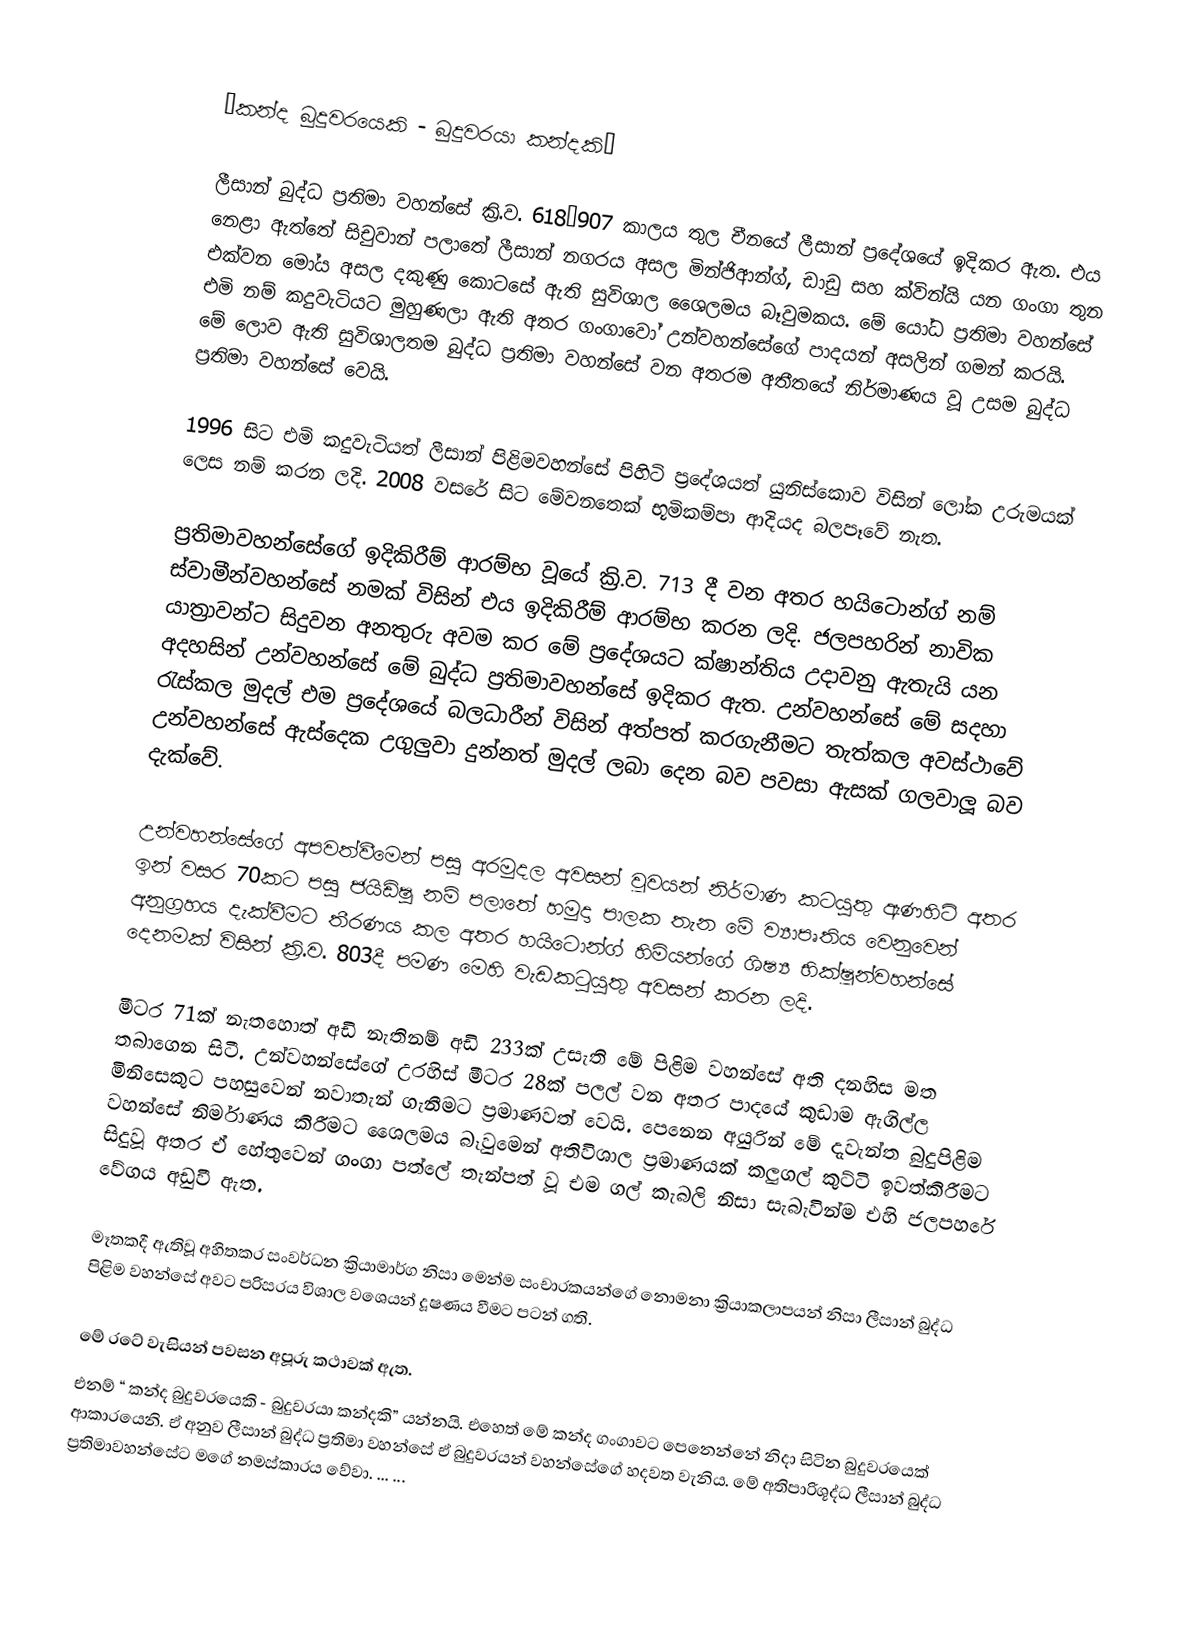

“කන්ද බුදුවරයෙකි - බුදුවරයා කන්දකි“

ලීසාන් බුද්ධ ප්‍රතිමා වහන්සේ ක්‍රි.ව. 618–907 කාලය තුල චීනයේ ලීසාන් ප්‍රදේශයේ ඉදිකර ඇත. එය නෙළා ඇත්තේ සිචුවාන් පලාතේ ලීසාන් නගරය අසල මින්ජිආන්ග්, ඩාඩු සහ ක්වින්යි යන ගංගා තුන එක්වන මෝය අසල දකුණු කොටසේ ඇති  සුවිශාල ශෛලමය බෑවුමකය. මේ යෝධ ප්‍රතිමා වහන්සේ එමි නම් කදුවැටියට මුහුණලා ඇති අතර ගංගාවෝ උන්වහන්සේගේ පාදයන් අසලින් ගමන් කරයි. මේ ලොව ඇති සුවිශාලතම බුද්ධ ප්‍රතිමා වහන්සේ වන අතරම අතීතයේ නිර්මාණය වූ උසම බුද්ධ ප්‍රතිමා වහන්සේ වෙයි.

1996 සිට එමි කදුවැටියත් ලීසාන් පිළිමවහන්සේ පිහිටි ප්‍රදේශයත් යුනිස්කොව විසින් ලෝක උරුමයක් ලෙස නම් කරන ලදි. 2008 වසරේ සිට මේවනතෙක් භූමිකම්පා ආදියද බලපෑවේ නැත.

ප්‍රතිමාවහන්සේගේ ඉදිකිරීම් ආරම්භ වූයේ ක්‍රි.ව. 713 දී වන අතර හයිටොන්ග් නම් ස්වාමීන්වහන්සේ නමක් විසින් එය ඉදිකිරීම් ආරම්භ කරන ලදි. ජලපහරින් නාවික යාත්‍රාවන්ට සිදුවන අනතුරු අවම කර මේ ප්‍රදේශයට ක්ෂාන්තිය උදාවනු ඇතැයි යන අදහසින් උන්වහන්සේ මේ බුද්ධ ප්‍රතිමාවහන්සේ ඉදිකර ඇත. උන්වහන්සේ මේ සදහා රැස්කල මුදල් එම ප්‍රදේශයේ බලධාරීන් විසින් අත්පත් කරගැනීමට තැත්කල අවස්ථාවේ උන්වහන්සේ ඇස්දෙක උගුලුවා දුන්නත් මුදල් ලබා දෙන බව පවසා ඇසක් ගලවාලූ බව දැක්වේ.

උන්වහන්සේගේ අපවත්වීමෙන් පසු අරමුදල අවසන් වූවයන් නිර්මාණ කටයුතු ඇණහිටි අතර ඉන් වසර 70කට පසු ජයිඩිෂු නම් පලාතේ හමුදා පාලක තැන මේ ව්‍යාපෘතිය වෙනුවෙන් අනුග්‍රහය දැක්වීමට තීරණය කල අතර හයිටොන්ග් හිමියන්ගේ ශිෂ්‍ය භික්ෂූන්වහන්සේ දෙනමක් විසින් ක්‍රි.ව. 803දී පමණ මෙහි වැඩකටුයුතු අවසන් කරන ලදි.

මීටර 71ක් නැතහොත් අඩි නැතිනම් අඩි 233ක් උසැති මේ පිළිම වහන්සේ අති දනහිස මත තබාගෙන සිටී. උන්වහන්සේගේ උරහිස් මීටර 28ක් පලල් වන අතර පාදයේ කුඩාම ඇගිල්ල මිනිසෙකුට පහසුවෙන් නවාතැන් ගැනීමට ප්‍රමාණවත් වෙයි. පෙනෙන අයුරින් මේ දැවැන්ත බුදුපිළිම වහන්සේ නිර්මාණය කිරීමට ශෛලමය බෑවුමෙන් අතිවිශාල ප්‍රමාණයක් කලුගල් කුට්ටි ඉවත්කිරීමට සිදුවූ අතර ඒ හේතුවෙන් ගංගා පත්ලේ තැන්පත් වූ එම ගල් කැබලි නිසා සැබැවින්ම එහි ජලපහරේ වේගය අඩුවී ඇත.

මෑතකදී ඇතිවූ අහිතකර සංවර්ධන ක්‍රියාමාර්ග නිසා මෙන්ම සංචාරකයන්ගේ නොමනා ක්‍රියාකලාපයන් නිසා ලීසාන් බුද්ධ පිළිම වහන්සේ අවට පරිසරය විශාල වශ‍ෙයන් දූෂණය වීමට පටන් ගති.

මේ රටේ වැසියන් පවසන අපූරු කථාවක් ඇත.
එනම් “ කන්ද බුදුවරයෙකි - බුදුවරයා කන්දකි” යන්නයි. එහෙත් මේ කන්ද ගංගාවට පෙනෙන්නේ නිදා සිටින බුදුවරයෙක් ආකාරයෙනි. ඒ අනුව ලීසාන් බුද්ධ ප්‍රතිමා වහන්සේ ඒ බුදුවරයන් වහන්සේගේ හදවත වැනිය. මේ අතිපාරිශූද්ධ ලීසාන් බුද්ධ ප්‍රතිමාවහන්සේට මගේ නමස්කාරය වේවා. ... ...